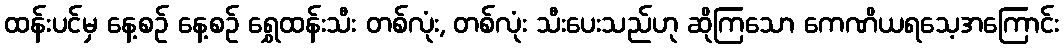
ထန်းပင်မှ နေ့စဉ် နေ့စဉ် ရွှေထန်းသီး တစ်လုံး, တစ်လုံး သီးပေးသည်ဟု ဆိုကြသော ကေဏိယရသေ့အကြောင်း